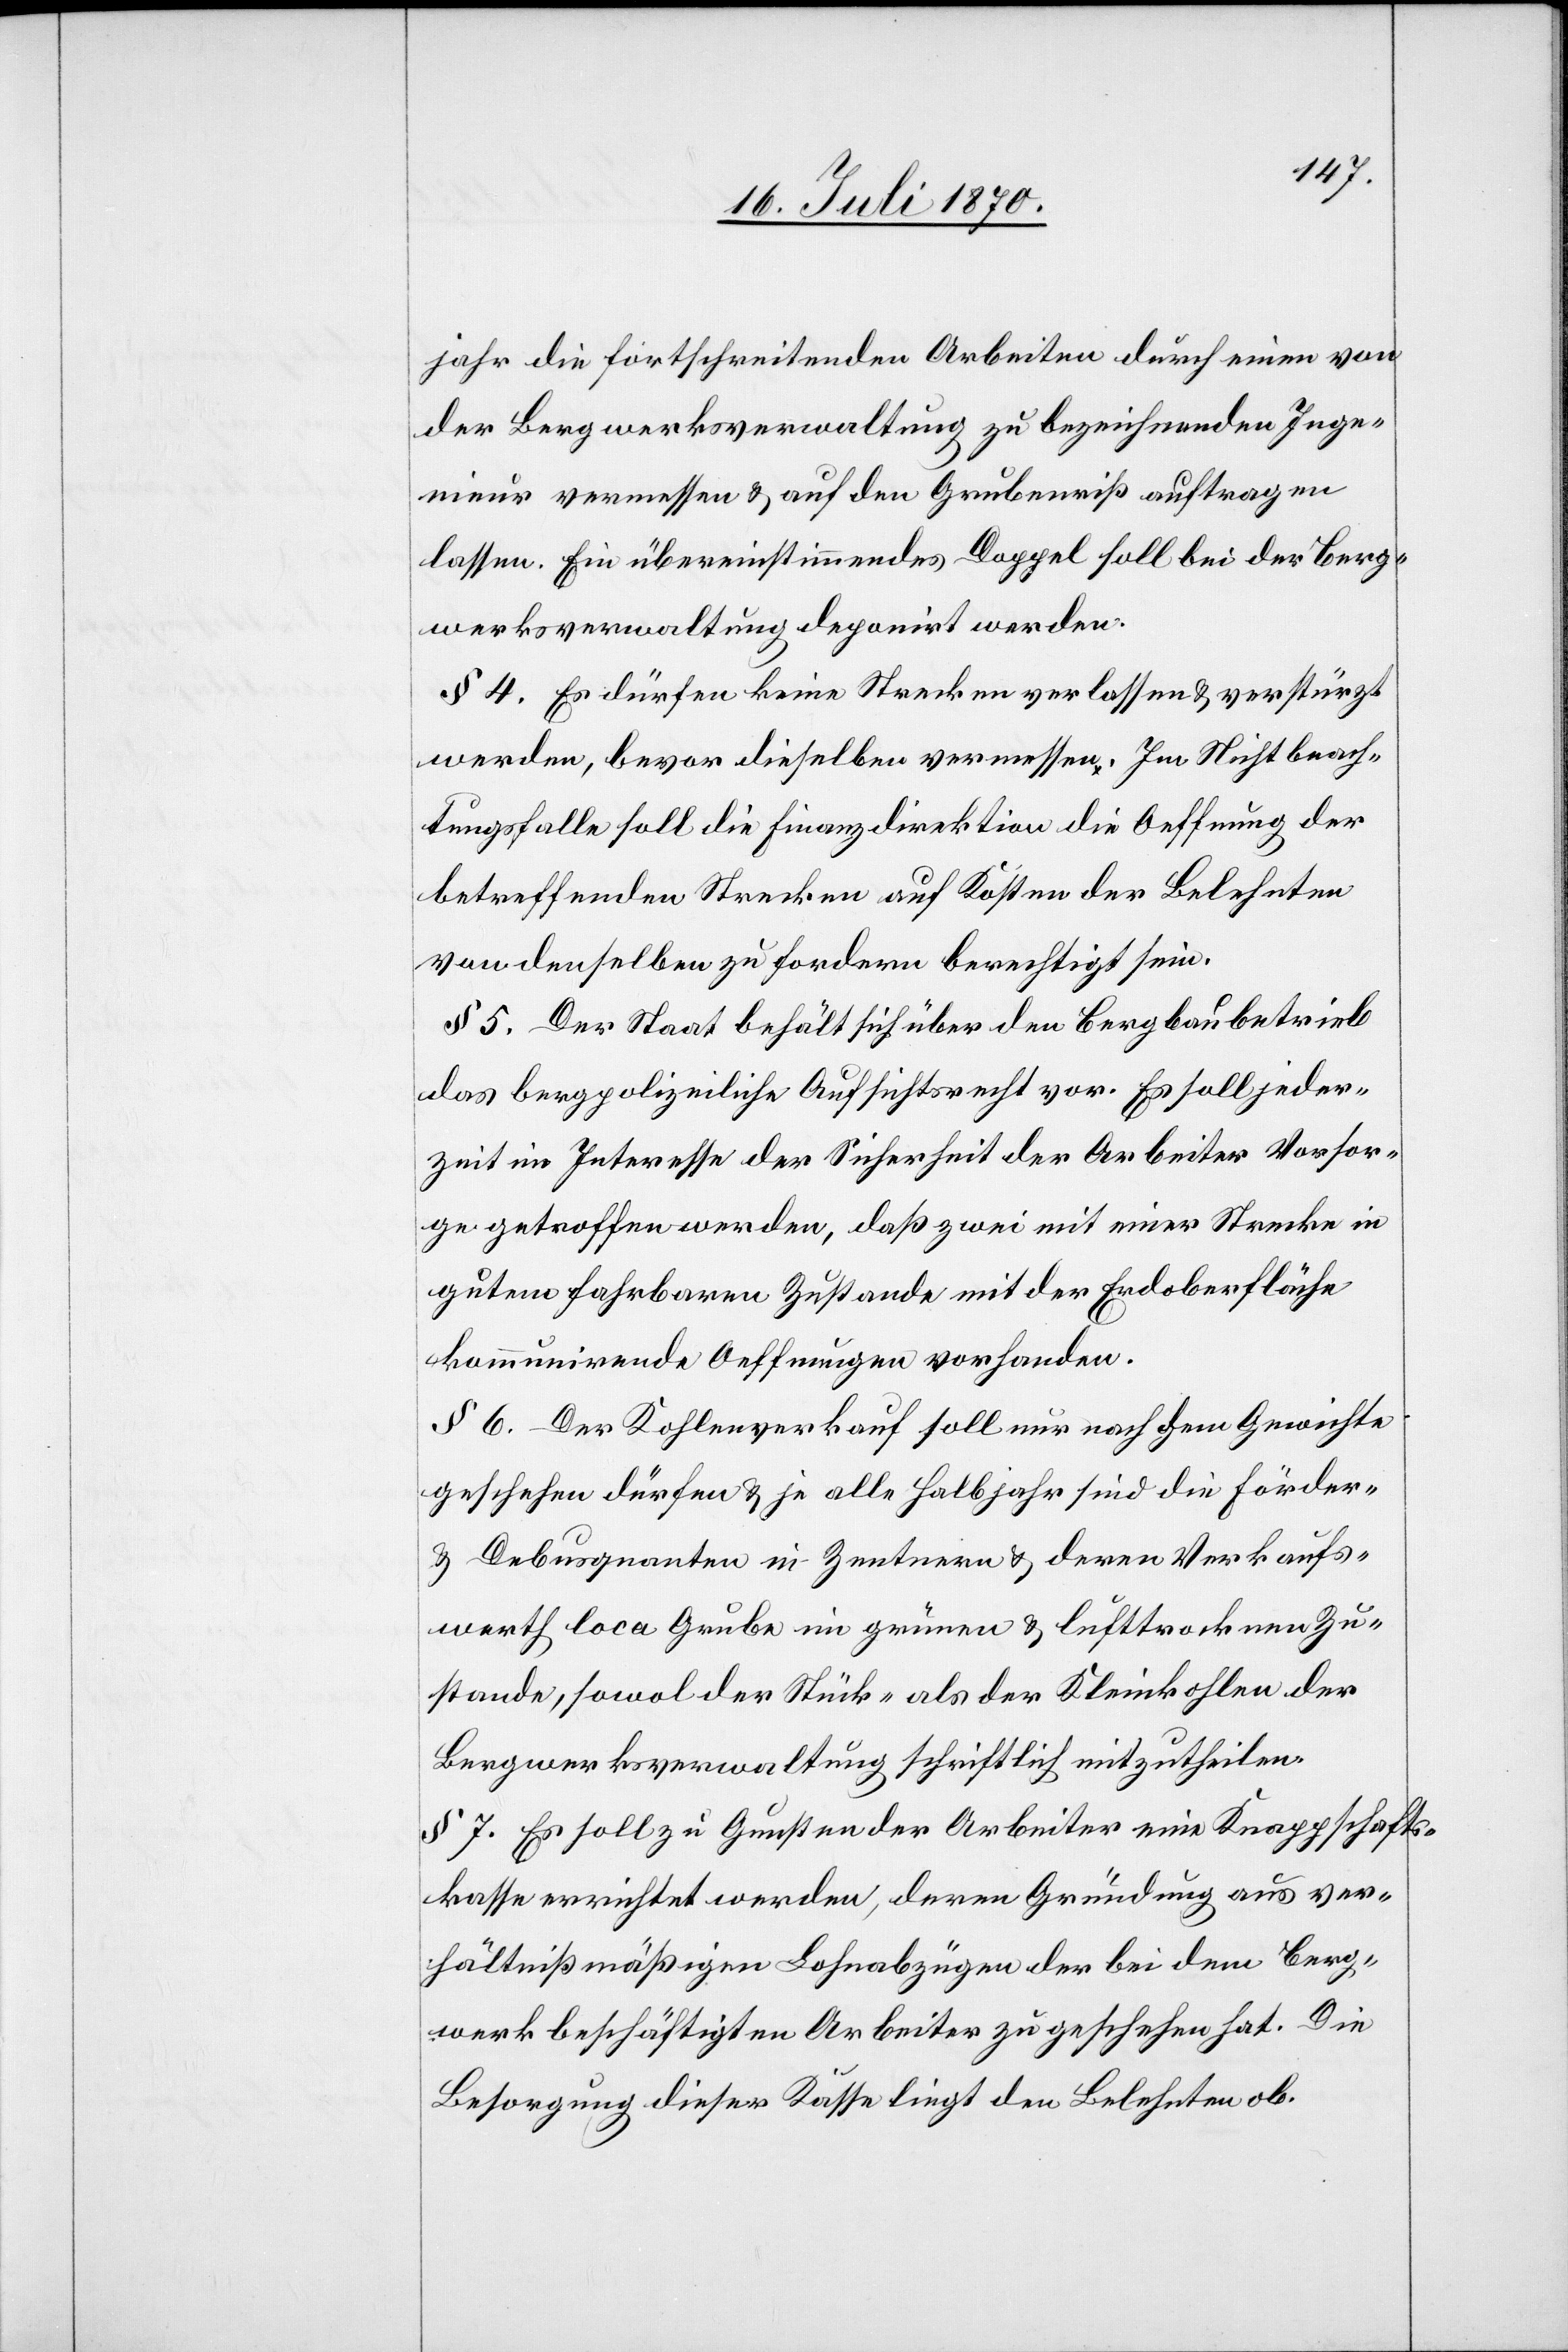
jahr die fortschreitenden Arbeiten durch einen von
der Bergwerksverwaltung zu bezeichnenden Inge¬
nieur vermessen & auf den Grubenriß auftragen
lassen. Ein übereinstimmendes Doppel soll bei der Berg¬
werksverwaltung deponirt werden.
§ 4. Es dürfen keine Strecken verlassen & verstürtzt
werden, bevor dieselben vermessen [sind]. Im Nichtbeach¬
tungsfalle soll die Finanzdirektion die Oeffnung der
betreffenden Strecken auf Kosten der Belehnten
von denselben zu fordern berechtigt sein.
§ 5. Der Staat behält sich über den Bergbaubetrieb
das bergpolizeiliche Aufsichtsrecht vor. Es soll jeder¬
zeit im Interesse der Sicherheit der Arbeiter Vorsor¬
ge getroffen werden, daß zwei mit einer Strecke in
gutem fahrbaren Zustande mit der Erdoberfläche
kommunirende Oeffnungen vorhanden
§ 6. Der Kohlenverkauf soll nur nach dem Gewichte
geschehen dürfen & je alle Halbjahr sind die Förder-
& Debusquanten in Zentnern & deren Verkaufs¬
werth loca Grube im grünen & lufttrockenen Zu¬
stande, sowohl der Stück- als der Kleinkohlen der
Bergwerksverwaltung schriftlich mitzutheilen.
§ 7. Es soll zu Gunsten der Arbeiter eine Knappschafts¬
kasse errichtet werden, deren Gründung aus ver¬
hältnißmäßigen Lohnabzügen der bei dem Berg¬
werk beschäftigten Arbeiter zu geschehen hat. Die
Besorgung dieser Kasse liegt den Belehnten ob.